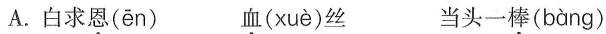
A.白求恩( ēn ) 血( xuè )丝 当头一棒( bàng )